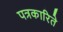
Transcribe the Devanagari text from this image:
पत्रकारिते